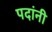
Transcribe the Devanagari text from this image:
पदांनी